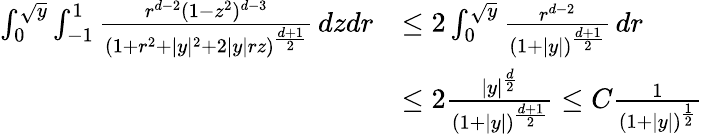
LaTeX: \begin{array}{rl}{\int_{0}^{\sqrt{y}}\int_{-1}^{1}\frac{r^{d-2}(1-z^{2})^{d-3}}{(1+r^{2}+|y|^{2}+2|y|rz)^{\frac{d+1}{2}}}\, dzdr}&{\leq 2\int_{0}^{\sqrt{y}}\frac{r^{d-2}}{(1+|y|)^{\frac{d+1}{2}}}\, dr}\\ &{\leq 2\frac{|y|^{\frac{d}{2}}}{(1+|y|)^{\frac{d+1}{2}}}\leq C\frac{1}{(1+|y|)^{\frac{1}{2}}}}\end{array}